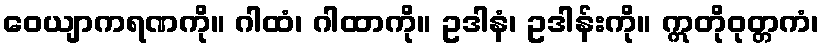
ဝေယျာကရဏကို။ ဂါထံ၊ ဂါထာကို။ ဥဒါနံ၊ ဥဒါန်းကို။ ဣတိုဝုတ္တကံ၊